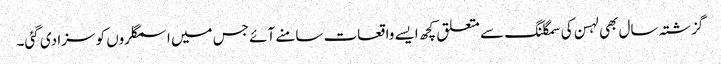
گزشتہ سال بھی لہسن کی سمگلنگ سے متعلق کچھ ایسے واقعات سامنے آئے جس میں اسمگلروں کو سزا دی گئی۔